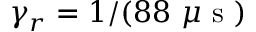
\gamma _ { r } = 1 / ( 8 8 ~ \mu \mathrm { ~ s ~ } )